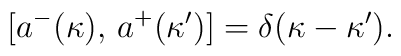
[a^-(\kappa),\,a^+(\kappa')]=\delta(\kappa-\kappa').